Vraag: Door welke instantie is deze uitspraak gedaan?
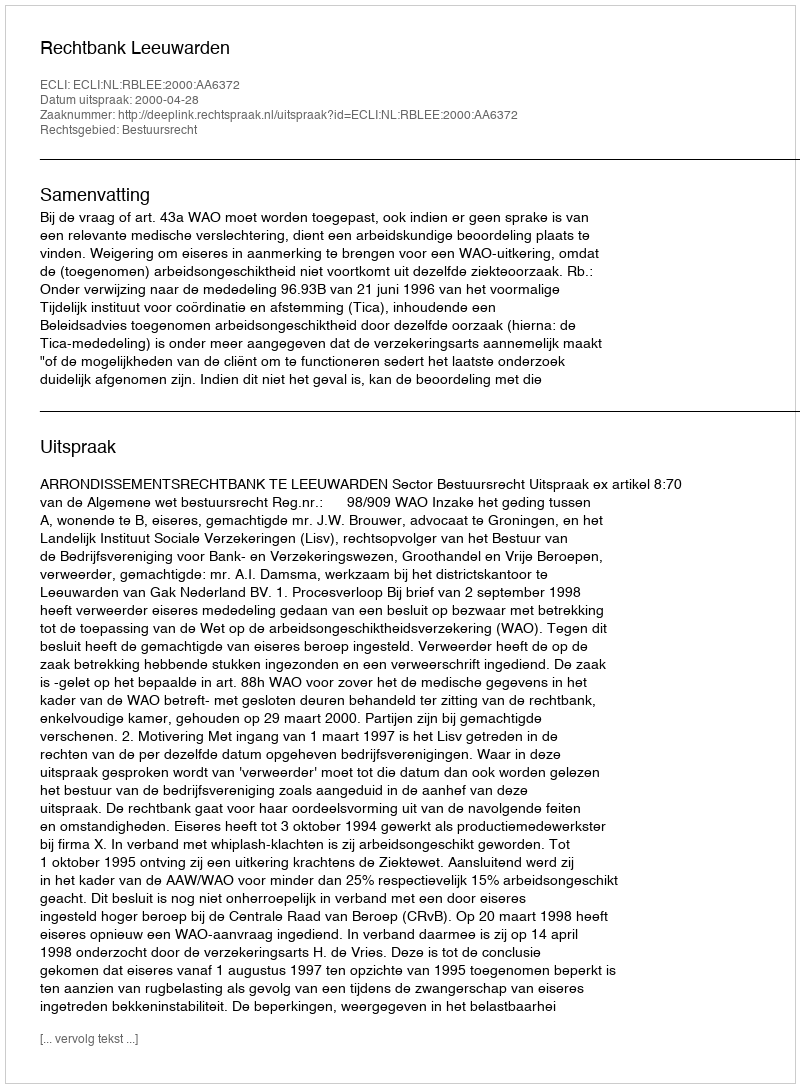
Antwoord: Rechtbank Leeuwarden